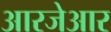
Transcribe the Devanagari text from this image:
आरजेआर